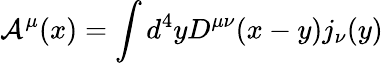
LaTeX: {\cal A}^{\mu}(x)=\int d^{4}yD^{\mu\nu}(x-y)j_{\nu}(y)